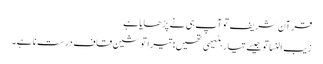
قرآن شریف تو آپ ہی نے پڑھایا ہے
زیب النسا تو جیسے تیار بٹیھی تھیں: تیرا تو شین قاف درست نا ہے۔